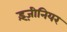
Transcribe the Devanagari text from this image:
इंज़ीनियर